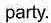
party.